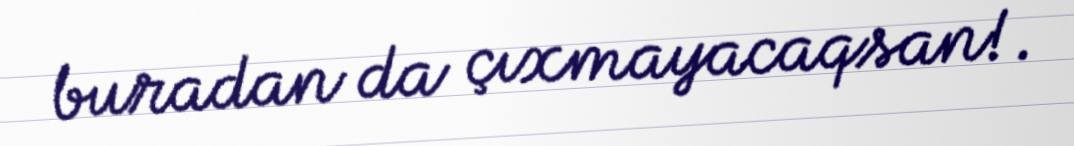
buradan da çıxmayacaqsan!.